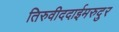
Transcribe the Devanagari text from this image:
तिरुवीददाईमरुदुर